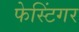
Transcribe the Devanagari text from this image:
फेस्टिंगर